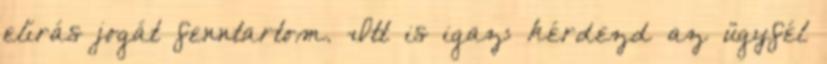
elírás jogát fenntartom. Itt is igaz: kérdezd az ügyfél